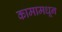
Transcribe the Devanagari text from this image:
कामामधून